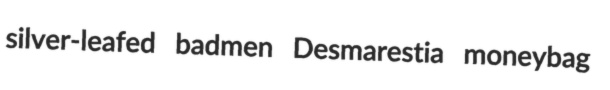
silver-leafed badmen Desmarestia moneybag